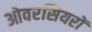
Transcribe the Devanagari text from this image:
ओवरसियरों